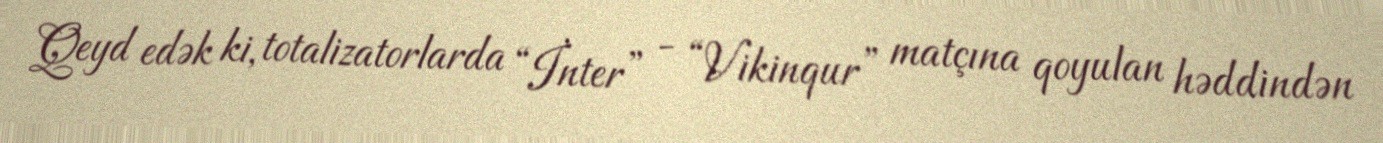
Qeyd edək ki, totalizatorlarda “İnter” - “Vikinqur” matçına qoyulan həddindən